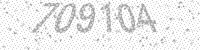
Solution: 709104